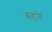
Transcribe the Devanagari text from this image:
बहारे